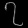
Digit: ၇